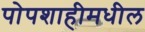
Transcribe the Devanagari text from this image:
पोपशाहीमधील